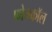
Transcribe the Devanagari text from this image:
फोनकाॅल